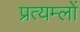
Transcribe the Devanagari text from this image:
प्रत्यम्लों